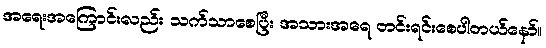
အရေးအကြောင်းလည်း သက်သာစေပြီး အသားအရေ တင်းရင်းစေပါတယ်နော်။